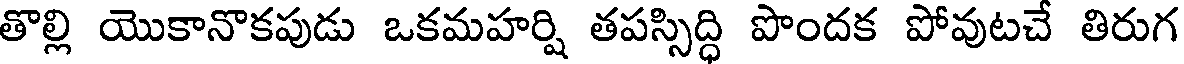
తొల్లి యొకానొకపుడు ఒకమహర్షి తపస్సిద్ధి పొందక పోవుటచే తిరుగ